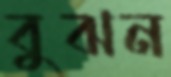
বুঝন